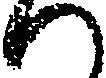
ハ